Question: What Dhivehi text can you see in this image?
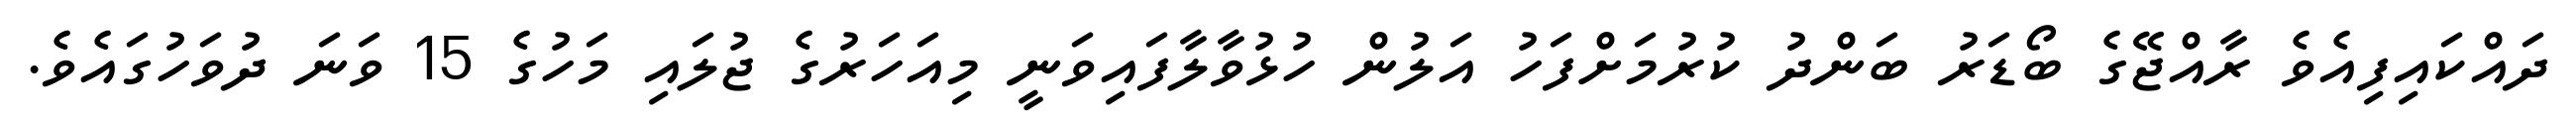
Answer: ދައްކައިފިއެވެ ރާއްޖޭގެ ބޯޑަރު ބަންދު ކުރުމަށްފަހު އަލުން ހުޅުވާލާފައިވަނީ މިއަހަރުގެ ޖުލައި މަހުގެ 15 ވަނަ ދުވަހުގައެވެ.